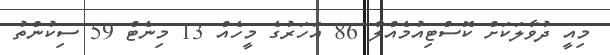
މިއީ ދުވާލަކަށް ކޮސްޓިއުމެއްލާ 86 އަހަރުގެ މީހެއް 13 މިނެޓް 59 ސިކުންތު